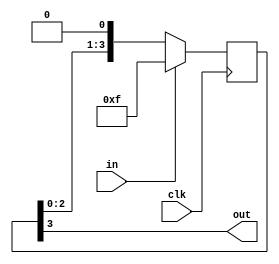
/*
   This file was generated automatically by the Mojo IDE version B1.3.6.
   Do not edit this file directly. Instead edit the original Lucid source.
   This is a temporary file and any changes made to it will be destroyed.
*/

/*
   Parameters:
     STAGES = 4
*/
module reset_conditioner_1 (
    input clk,
    input in,
    output reg out
  );
  
  localparam STAGES = 3'h4;
  
  
  reg [3:0] M_stage_d, M_stage_q = 4'hf;
  
  always @* begin
    M_stage_d = M_stage_q;
    
    M_stage_d = {M_stage_q[0+2-:3], 1'h0};
    out = M_stage_q[3+0-:1];
  end
  
  always @(posedge clk) begin
    if (in == 1'b1) begin
      M_stage_q <= 4'hf;
    end else begin
      M_stage_q <= M_stage_d;
    end
  end
  
endmodule